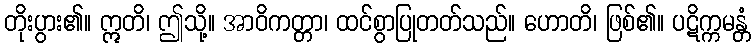
တိုးပွား၏။ ဣတိ၊ ဤသို့။ အာဝိကတ္တာ၊ ထင်စွာပြုတတ်သည်။ ဟောတိ၊ ဖြစ်၏။ ပဋိက္ကမန္တံ